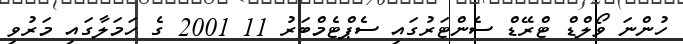
ހުންނަ ވޯލްޑް ޓްރޭޑް ސެންޓަރުގައި ސެޕްޓެމްބަރު 11 2001 ގެ ހަމަލާގައި މަރުވި